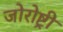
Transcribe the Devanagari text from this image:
जोरोष्ट्री